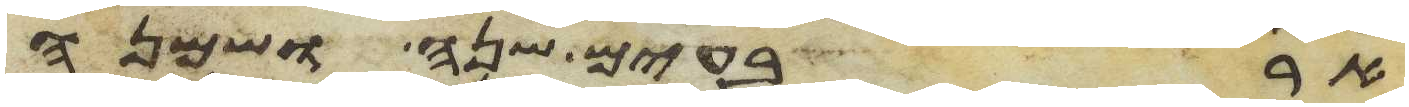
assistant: ארבעים שנה ושמנה